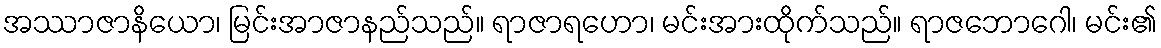
အဿာဇာနိယော၊ မြင်းအာဇာနည်သည်။ ရာဇာရဟော၊ မင်းအားထိုက်သည်။ ရာဇဘောဂေါ၊ မင်း၏